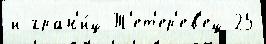
и гран'и́ц Т'ет'ер'ев'ец 25